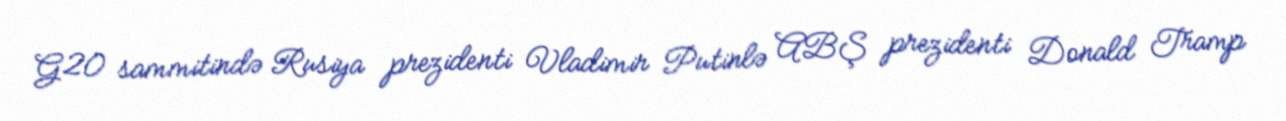
G20 sammitində Rusiya prezidenti Vladimir Putinlə ABŞ prezidenti Donald Tramp